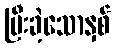
ပြီးခဲ့သောနှစ်